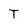
Character: T